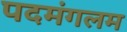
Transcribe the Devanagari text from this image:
पदमंगलम